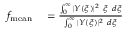
\begin{array} { r l } { f _ { \mathrm { m e a n } } } & { { } = \frac { \int _ { 0 } ^ { \infty } | Y ( \xi ) | ^ { 2 } ~ \xi ~ d \xi } { \int _ { 0 } ^ { \infty } | Y ( \xi ) | ^ { 2 } ~ d \xi } } \end{array}